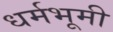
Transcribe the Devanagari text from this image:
धर्मभूमी